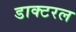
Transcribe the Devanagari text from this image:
डाक्टरल